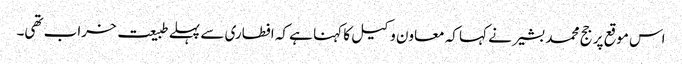
اس موقع پر جج محمد بشیر نے کہا کہ معاون وکیل کا کہنا ہے کہ افطاری سے پہلے طبیعت خراب تھی۔